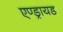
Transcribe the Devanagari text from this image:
एण्ड्रायड